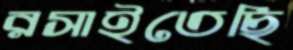
রসাইতেছি